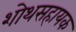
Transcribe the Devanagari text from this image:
शोथसहायक